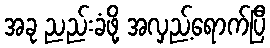
အခု ညည်းခံဖို့ အလှည့်ရောက်ပြီ